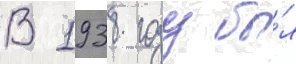
В 1938 году бы́л